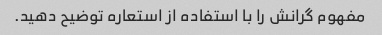
مفهوم گرانش را با استفاده از استعاره توضیح دهید.